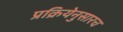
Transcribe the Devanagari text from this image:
प्रक्रियेनुसारच